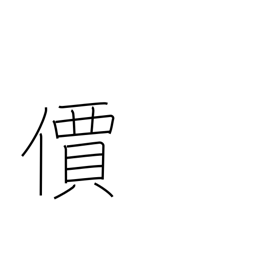
Meaning: value